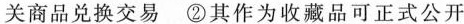
关商品兑换交易 \textcircled {2}其作为收藏品可正式公开